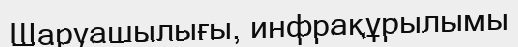
Шаруашылығы, инфрақұрылымы